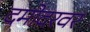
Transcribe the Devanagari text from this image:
दमोदरवर